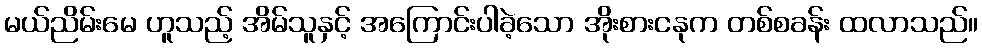
မယ်ညိမ်းမေ ဟူသည့် အိမ်သူနှင့် အကြောင်းပါခဲ့သော အိုးစားငနုက တစ်စခန်း ထလာသည်။